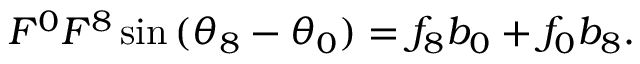
F ^ { 0 } F ^ { 8 } \sin { ( \theta _ { 8 } - \theta _ { 0 } ) } = f _ { 8 } b _ { 0 } + f _ { 0 } b _ { 8 } .